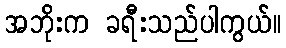
အဘိုးက ခရီးသည်ပါကွယ်။